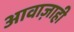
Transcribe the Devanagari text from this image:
आवाज़ाही